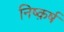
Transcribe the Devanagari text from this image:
निष्क़र्ष